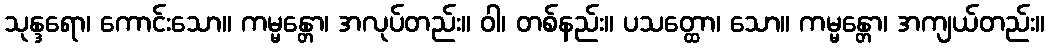
သုန္ဒရော၊ ကောင်းသော။ ကမ္မန္တော၊ အလုပ်တည်း။ ဝါ၊ တစ်နည်း။ ပသတ္ထော၊ သော။ ကမ္မန္တော၊ အကျယ်တည်း။